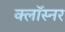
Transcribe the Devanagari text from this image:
क्लॉस्नर